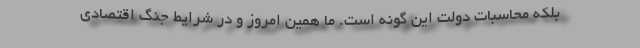
بلکه محاسبات دولت این گونه است. ما همین امروز و در شرایط جنگ اقتصادی